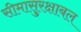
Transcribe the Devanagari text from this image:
सीमासुरक्षाबल